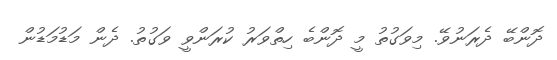
ދޮންބޭ ދެރަނުވޭ. މިވަގުތު މީ ދޮންބެ ހިތްވަރު ކުރަންވީ ވަގުތު. ދެން މަޑުމަޑުން